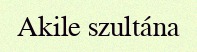
Akile szultána